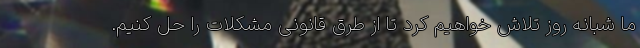
ما شبانه روز تلاش خواهیم کرد تا از طرق قانونی مشکلات را حل کنیم.